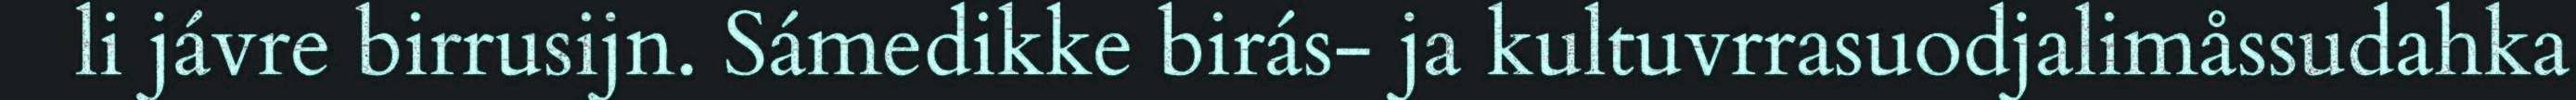
li jávre birrusijn. Sámedikke birás- ja kultuvrrasuodjalimåssudahka